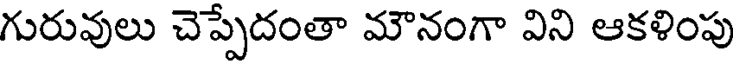
గురువులు చెప్పేదంతా మౌనంగా విని ఆకళింపు